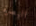
البصرة